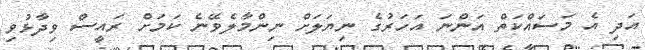
އަދި އެ މަސައްކަތް އަންނަ އަހަރުގެ ނިޔަލަށް ނިންމާލެވޭނެ ކަމަށް ރައީސް ވިދާޅުވި